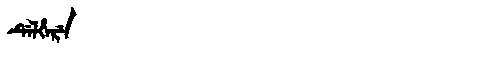
Manchu: ᡩᡝᠯᡥᡝᡵᡝ
Romanization: DELHERE